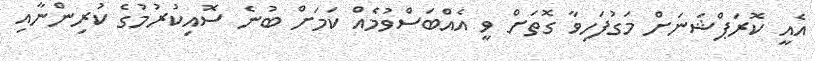
އެއީ ކޮރަޕްޝަނަށް މަގުފަހިވާ ގޮތަށް ވީ އެއްބަސްވުމެއް ކަމަށް ބުނެ ސޮއިކުރުމުގެ ކުރިންނާއި